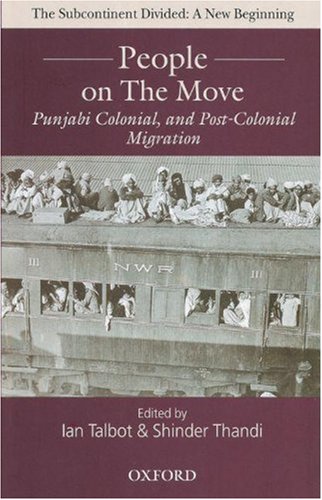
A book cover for People on the Move: Punjabi Colonial and Post-Colonial Migration (The Subcontinent Divided: a New Beginning); History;